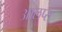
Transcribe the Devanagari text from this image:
आलप्स